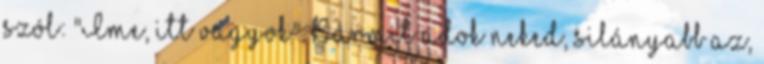
szól: "Íme, itt vagyok". Bármit adok neked, silányabb az,